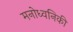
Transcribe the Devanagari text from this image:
मनोध्वनिकी